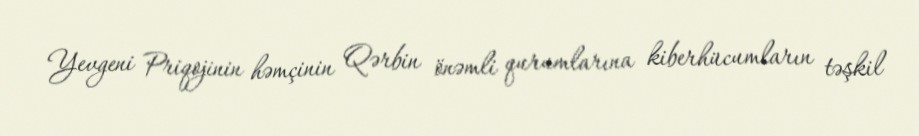
Yevgeni Priqojinin həmçinin Qərbin önəmli qurumlarına kiberhücumların təşkil